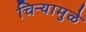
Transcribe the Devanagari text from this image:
चिऱ्यामुळे